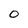
Character: O